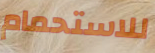
للاستحمام